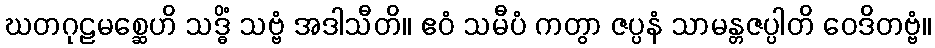
ဃတဂုဠမစ္ဆေဟိ သဒ္ဓိံ သဗ္ဗံ အဒါသီတိ။ ဧဝံ သမီပံ ကတွာ ဇပ္ပနံ သာမန္တဇပ္ပါတိ ဝေဒိတဗ္ဗံ။